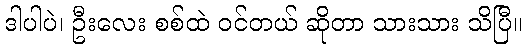
ဒါပါပဲ၊ ဦးလေး စစ်ထဲ ဝင်တယ် ဆိုတာ သားသား သိပြီ။